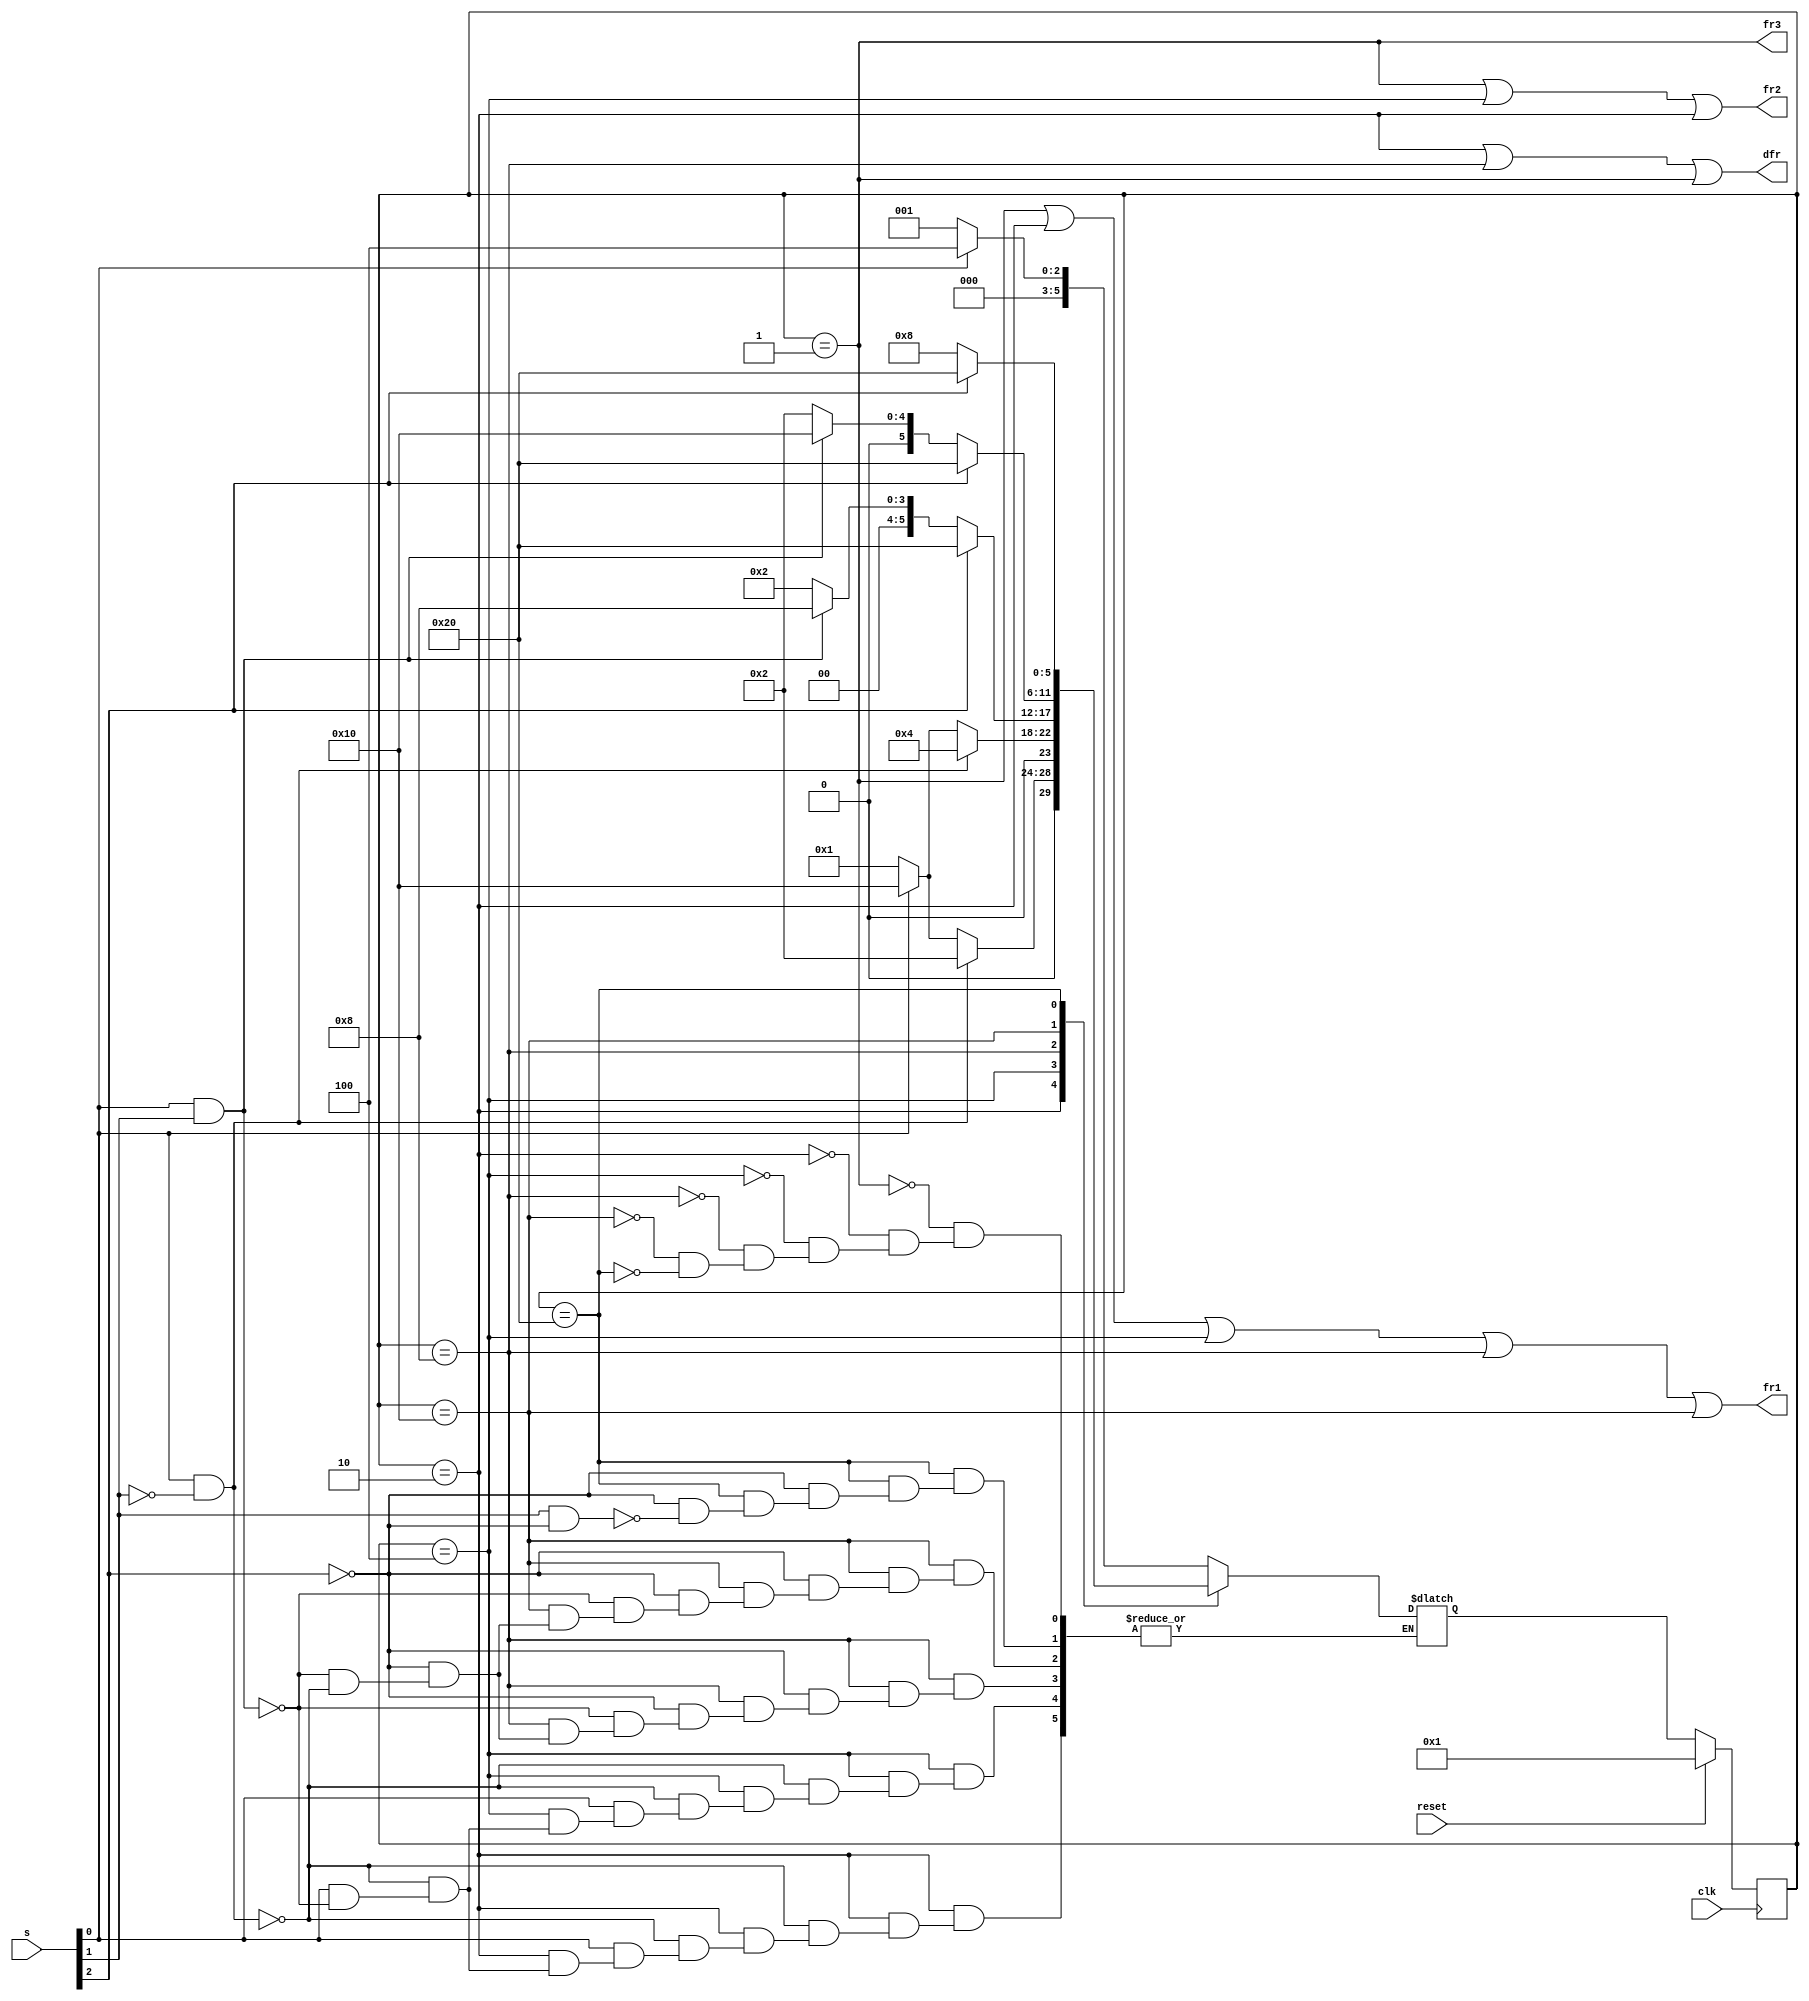
module top_module (
    input clk,
    input reset,
    input [3:1] s,
    output fr3,
    output fr2,
    output fr1,
    output dfr
); 
    parameter state1=6'b000_001;//s1
    parameter state2hi=6'b000_010;//s1-s2
    parameter state2lo=6'b000100;
    parameter state3hi=6'b001_000;//s2-s3
    parameter state3lo=6'b010_000;//s2-s3
    parameter state4=6'b100000;//s3
    reg[5:0]state;
    reg[5:0]next;
    always @(posedge clk ) begin
        if (reset) begin
            state<=state1;
        end
        else  begin
            state<=next;
        end
    end
    always @(*) begin
        case(state)
        state1:begin
            if (s[1]) begin
                next=state2lo;
            end
            else begin
                next=state1;
            end
        end
        state2hi:begin
            if (s[1]&~s[2]) begin
                next=state2hi;
            end
            else if (~s[1]) begin
                next=state1;
            end
            else if(s[1]&s[2]) begin
                next=state3lo;
            end
        end
        state2lo:begin
            if (s[1]&~s[2]) begin
                next=state2lo;
            end
            else if (~s[1]) begin
                next=state1;
            end
            else if(s[1]&s[2]) begin
                next=state3lo;
            end
        end
        state3hi:begin
            if (s[3]) begin
                next=state4;
            end
            else if (s[1]&s[2]) begin
                next=state3hi;
            end
            else if (s[1]&~s[2]) begin
                next=state2hi;
            end
        end
        state3lo:begin
            if (s[3]) begin
                next=state4;
            end
            else if (s[1]&s[2]) begin
                next=state3lo;
            end
            else if (s[1]&~s[2]) begin
                next=state2hi;
            end
        end
        state4:begin
            if (s[3]) begin
                next=state4;
            end
            else if (s[2]&~s[3]) begin
                next=state3hi;
            end
        end
        endcase
    end
    assign fr1 = state==state1|state==state2hi|state==state2lo|state==state3hi|state==state3lo;
    assign fr2 = state==state1|state==state2lo|state==state2hi;
    assign fr3 = state==state1;
    assign dfr = state==state2hi|state==state3hi|state==state1;
endmodule